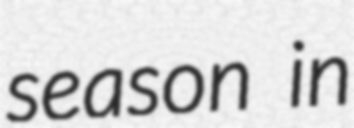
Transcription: season in